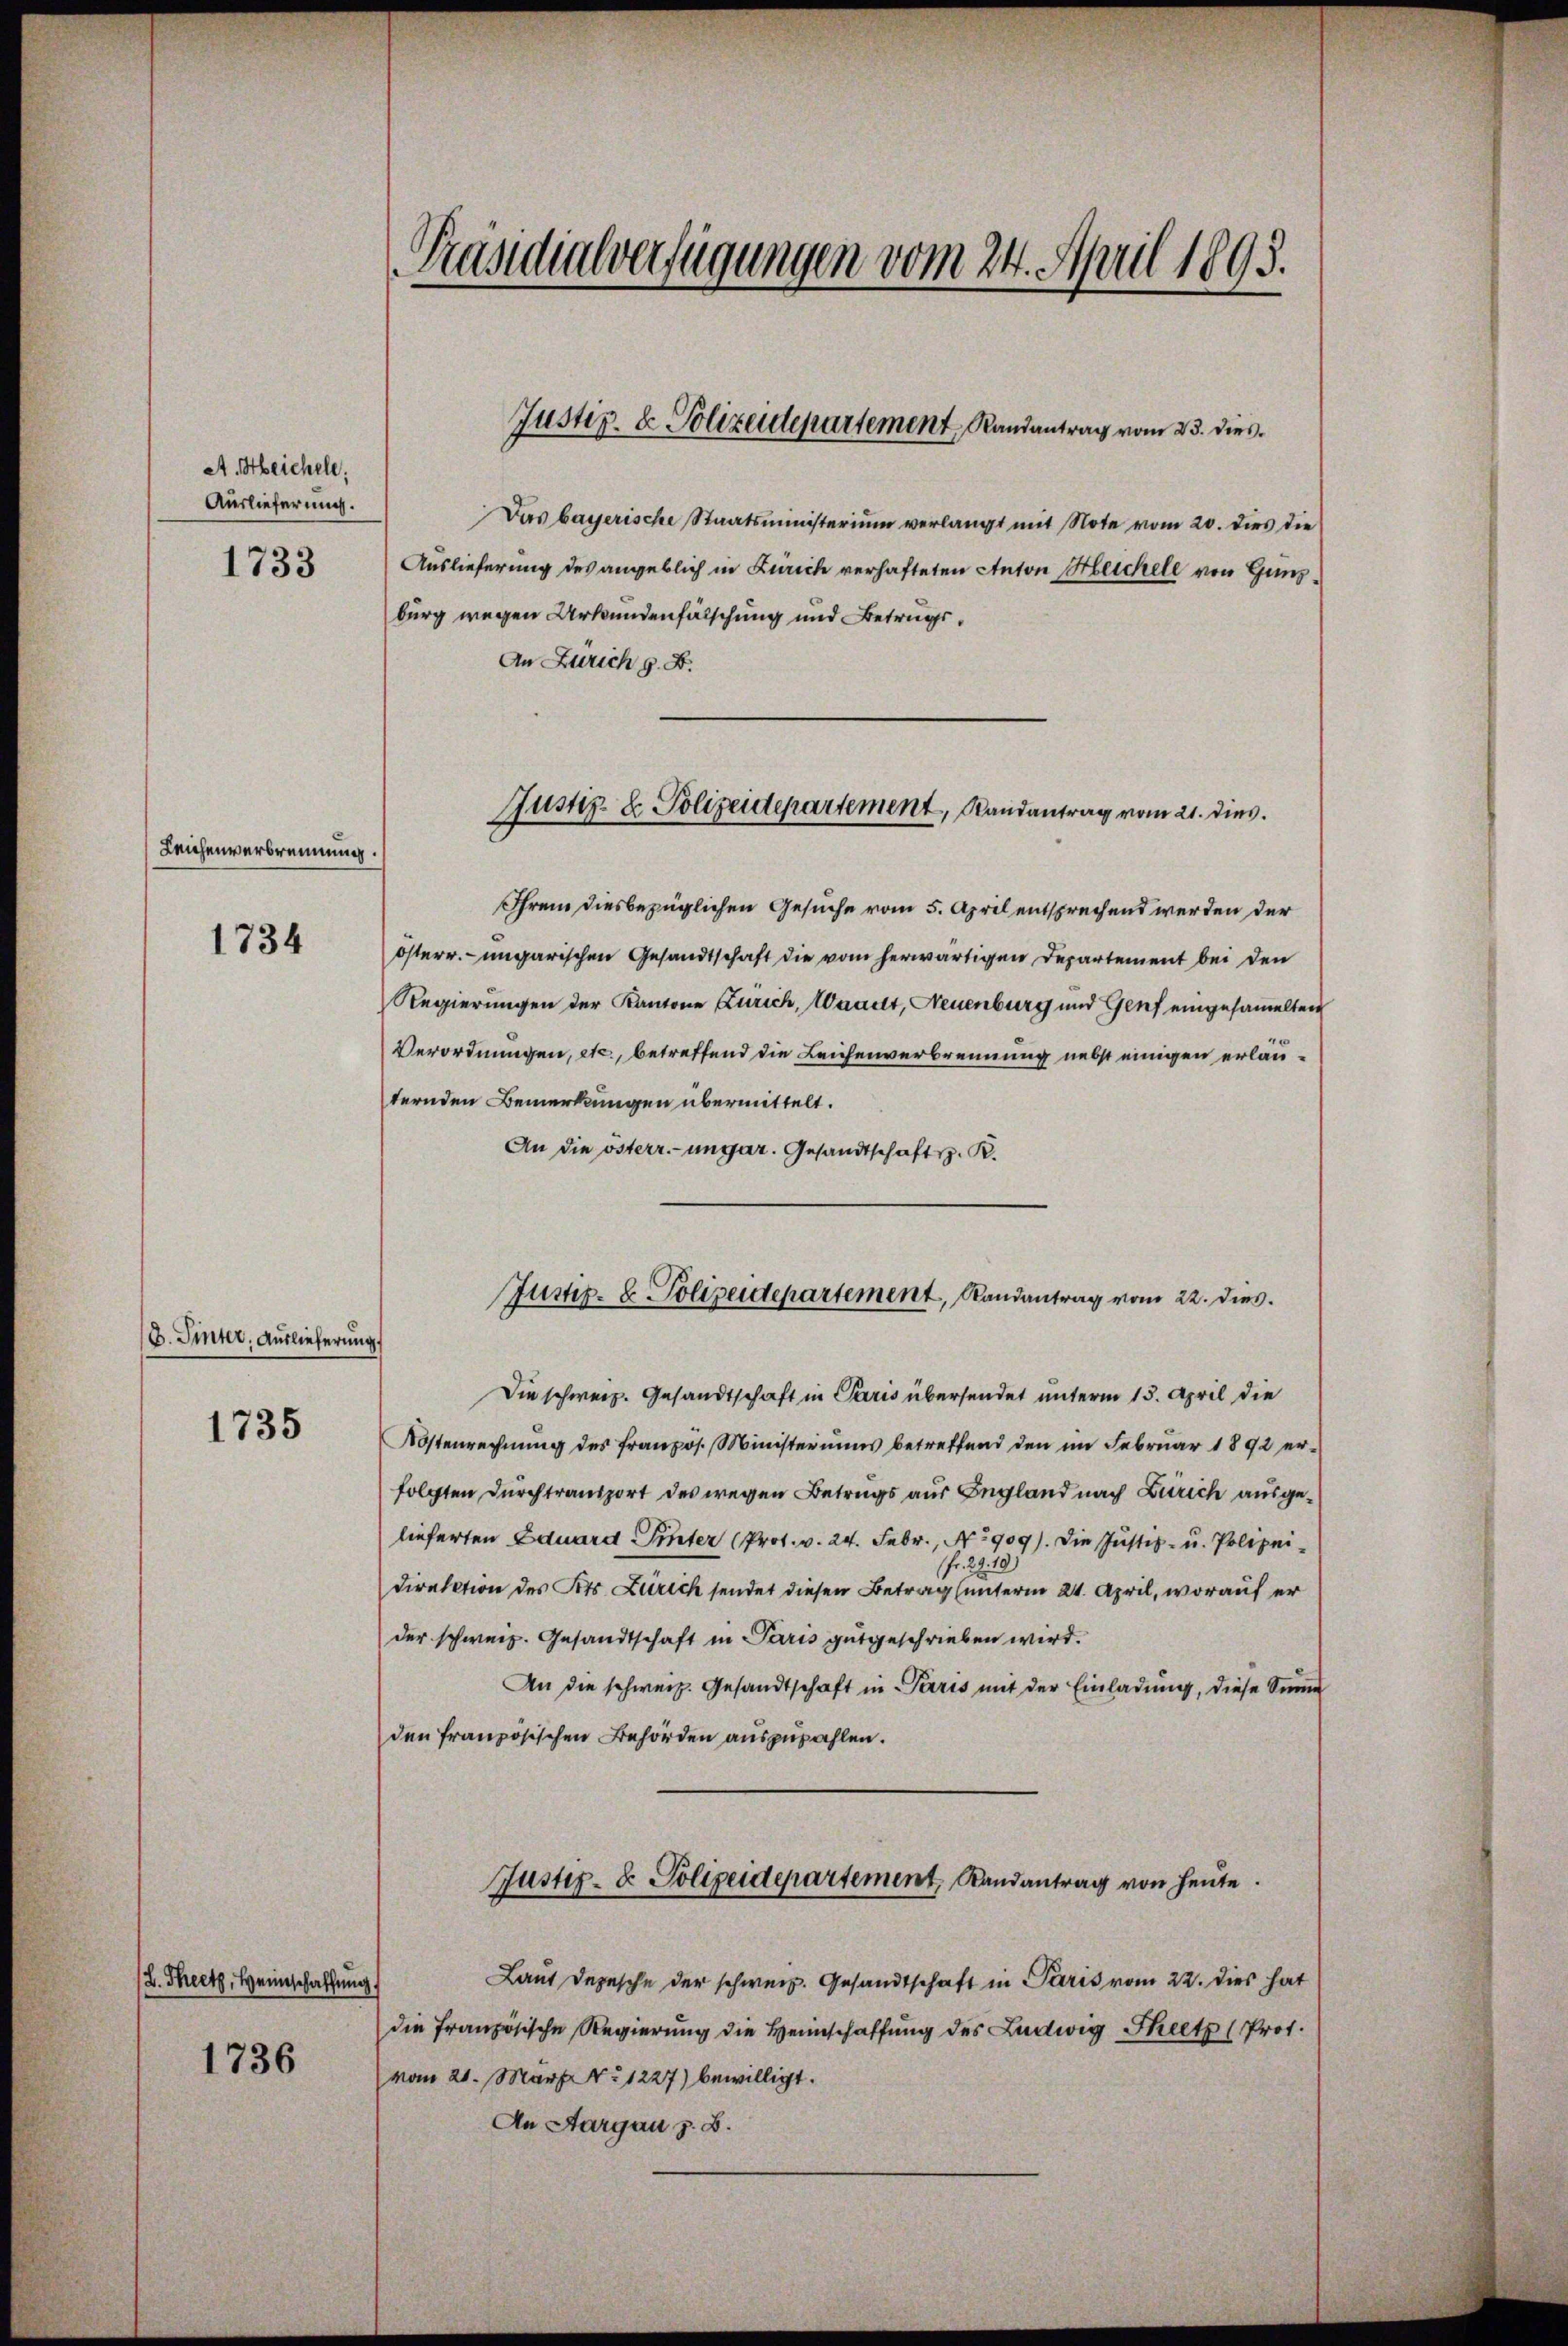
A. Heichele.
Auslieferung.
1733

Leichenverbrennung.

1734

D. Sinter, Auslieferung

1735

L. Theetz, Heimschaffung

1736

Prädialverfügungen vom 24. April 1895.

Das bayerische Staatsministerium verlangt mit Note vom 20. dies die
Auslieferung des angeblich in Zürich verhafteten Anton Heichele von Gunzburg wegen Urkundenfälschung und Betrugs¬
An Zürich z. B.
Ihrem diesbezüglichen Gesuche vom 5. April entsprechend werden der
österr. ungarischen Gesandtschaft die vom herwärtigen Departement bei den
Regierungen der Kantone Zürich, Waadt, Neuenburg und Genf eingesammelten
Verordnungen, etc., betreffend die Leichenverbrennung nebst einigen erlanternden Bemerkungen übermittelt.
An die österr.-ungar. Gesandtschaft s. R.
Die schweiz. Gesandtschaft in Paris übersendet unterm 13. April die
Kostenrechnung des französ. Ministeriums betreffend den im Februar 1892 erfolgten durchtransport des wegen Betrags aus England nach Zürich ausgelieferten Eduard Pinter (Prot. v. 24. Febr., No 909). Die Justiz- u. Polizeifr. 29. 19)
Direktion des Pets. Zürich sendet diesen Betrag (unterm 21. April, worauf er
der schweiz. Gesandtschaft in Paris gutgeschrieben wird.
An die schweiz. Gesandtschaft in Paris mit der Einladung, diese Sinne
den französischen Behörden auszuzahlen.
Justiz- & Polizeidepartement, Randantrag von heute.
Laut Depesche der schweiz. Gesandtschaft in Paris vom 22. dies hat
die französische Regierung die Heimschaffung des Ludwig Theetz (Prot.
vom 21. März. No 1227) bewilligt.
An Aargau z. B.

Justiz- & Polizeidepartement, Randantrag vom 23. dies

Justiz- & Polizeidepartement, Randantrag vom 21. dies

Justiz- & Polizeidepartement, Randantrag vom 22. dies